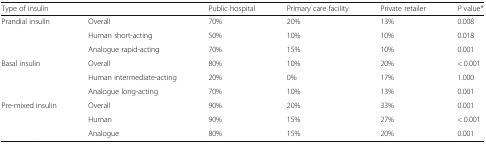
| <COLSPAN=2> Type of insulin | Public hospital | Primary care facility | Private retailer | P value* |
 | --- | --- | --- | --- | --- | --- |
 | <ROWSPAN=3> Prandial insulin | Overall | 70% | 20% | 13% | 0.008 |
 | Human short-acting | 50% | 10% | 10% | 0.018 |
 | Analogue rapid-acting | 70% | 15% | 10% | 0.001 |
 | <ROWSPAN=3> Basal insulin | Overall | 80% | 10% | 20% | < 0.001 |
 | Human intermediate-acting | 20% | 0% | 17% | 1.000 |
 | Analogue long-acting | 70% | 10% | 13% | 0.001 |
 | <ROWSPAN=3> Pre-mixed insulin | Overall | 90% | 20% | 33% | 0.001 |
 | Human | 90% | 15% | 27% | < 0.001 |
 | Analogue | 80% | 15% | 20% | 0.001 |